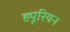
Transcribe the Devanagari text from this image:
ह्यूरियन